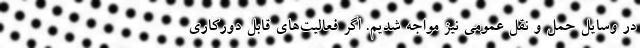
در وسایل حمل و نقل عمومی نیز مواجه شدیم. اگر فعالیت‌های قابل دورکاری